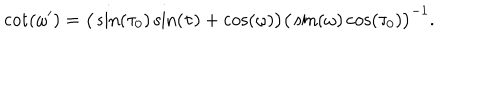
\cot ( \omega ^ { \prime } ) = \big ( \sin ( \tau _ { 0 } ) \sin ( \tau ) + \cos ( \omega ) \big ) \big ( \sin ( \omega ) \cos ( \tau _ { 0 } ) \big ) ^ { - 1 } .